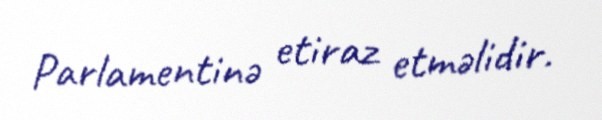
Parlamentinə etiraz etməlidir.